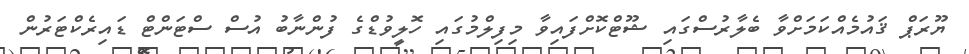
ޔޫރަޕް ޤައުމެއްކަމަށްވާ ބެލާރުސްގައި ޝޫޓްކޮށްފައިވާ މިފިލްމުގައި ހޮލީވުޑްގެ ފުންނާބު އުސް ސްޓަންޓް ޑައިރެކްޓަރުން